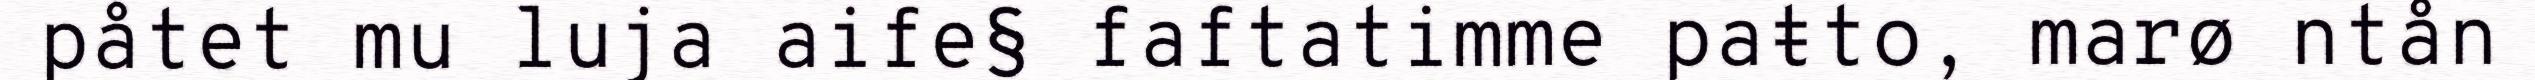
påtet mu luja aife§ faftatimme paŧto, marø ntån